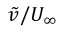
\tilde { v } / U _ { \infty }